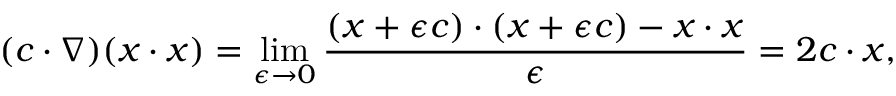
( c \cdot \nabla ) ( x \cdot x ) = \operatorname* { l i m } _ { \epsilon \to 0 } { \frac { ( x + \epsilon c ) \cdot ( x + \epsilon c ) - x \cdot x } { \epsilon } } = 2 c \cdot x ,